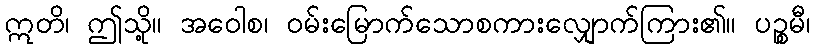
ဣတိ၊ ဤသို့။ အဝေါစ၊ ဝမ်းမြောက်သောစကားလျှောက်ကြား၏။ ပဉ္စမီ၊